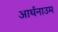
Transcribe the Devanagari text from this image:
आर्थनाउम